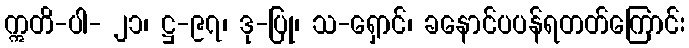
ဣတိ-ပါ- ၂၁၊ ဋ္ဌ-၉၇၊ ဒု-ပြု၊ သ-ရှောင်၊ ခနောင်ပပန်ရတတ်ကြောင်း